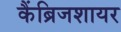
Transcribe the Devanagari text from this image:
कैंब्रिजशायर